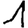
Digit: 1